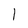
Character: I